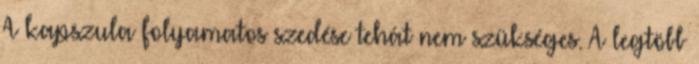
A kapszula folyamatos szedése tehát nem szükséges. A legtöbb